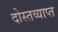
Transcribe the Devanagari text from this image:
दोस्तव्याप्त